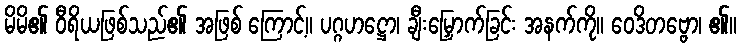
မိမိ၏ ဝီရိယဖြစ်သည်၏ အဖြစ် ကြောင့်။ ပဂ္ဂဟဋ္ဌော၊ ချီးမြှောက်ခြင်း အနက်ကို။ ဝေဒိတဗ္ဗော၊ ၏။